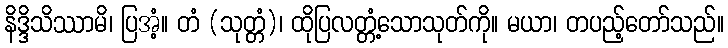
နိဒ္ဒိသိဿာမိ၊ ပြအံ့။ တံ (သုတ္တံ)၊ ထိုပြလတ္တံ့သောသုတ်ကို။ မယာ၊ တပည့်တော်သည်။